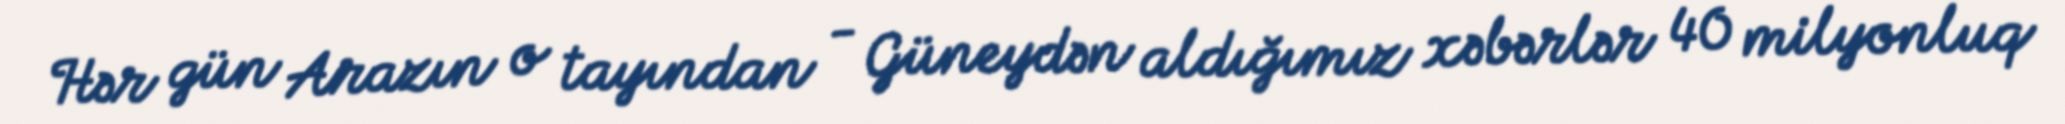
Hər gün Arazın o tayından - Güneydən aldığımız xəbərlər 40 milyonluq